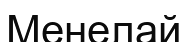
Менелай